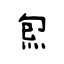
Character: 炰